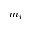
m _ { i }